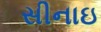
સીનાઇ